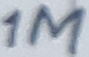
Text: 1M